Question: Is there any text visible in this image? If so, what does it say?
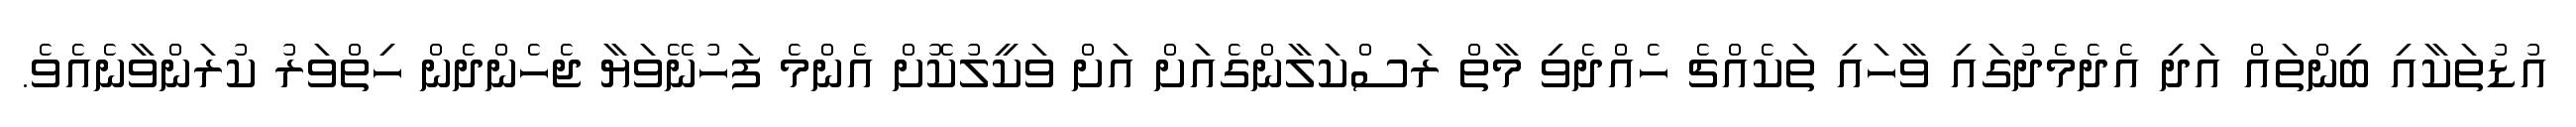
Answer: އުޑުތަކާއި ބިންތައް އަދި އެދެމެދުގައި ވާހައި ތަކެއްޗެ ހެއްދެވި މާތް ރަސްކަލާންގެއަށް އަށް ވަކީލުކޮށް އެންމެ ފަހުނޭވަޔާ ޖެހެންދެން ހިތްވަރު ކުރަންވާނެއެވެ.